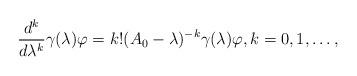
LaTeX: \begin{align*} \frac{d^k}{d\lambda^k} \gamma(\lambda) \varphi = k!(A_0-\lambda)^{-k} \gamma(\lambda) \varphi,k=0,1,\dots,\end{align*}